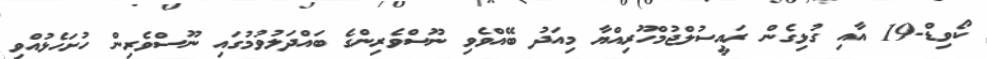
ކޯވިޑް-19 އާއި ގުޅިގެން ރައީސުލްޖުމްހޫރިއްޔާ މިއަދު ބޭއްވެވި ނޫސްވެރިންގެ ބައްދަލުވުމުގައި ނޫސްވެރިން ހުށަހެޅުއްވި